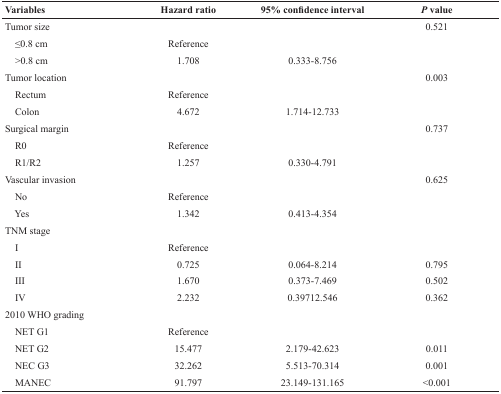
<table><thead><tr><td><b>Variables</b></td><td><b>Hazard ratio</b></td><td><b>95% confidence interval</b></td><td><b><i>P</i> value</b></td></tr></thead><tbody><tr><td>Tumor size</td><td></td><td></td><td>0.521</td></tr><tr><td> ≤0.8 cm</td><td>Reference</td><td></td><td></td></tr><tr><td> &gt;0.8 cm</td><td>1.708</td><td>0.333-8.756</td><td></td></tr><tr><td>Tumor location</td><td></td><td></td><td>0.003</td></tr><tr><td> Rectum</td><td>Reference</td><td></td><td></td></tr><tr><td> Colon</td><td>4.672</td><td>1.714-12.733</td><td></td></tr><tr><td>Surgical margin</td><td></td><td></td><td>0.737</td></tr><tr><td> R0</td><td>Reference</td><td></td><td></td></tr><tr><td> R1/R2</td><td>1.257</td><td>0.330-4.791</td><td></td></tr><tr><td>Vascular invasion</td><td></td><td></td><td>0.625</td></tr><tr><td> No</td><td>Reference</td><td></td><td></td></tr><tr><td> Yes</td><td>1.342</td><td>0.413-4.354</td><td></td></tr><tr><td>TNM stage</td><td></td><td></td><td></td></tr><tr><td> I</td><td>Reference</td><td></td><td></td></tr><tr><td> II</td><td>0.725</td><td>0.064-8.214</td><td>0.795</td></tr><tr><td> III</td><td>1.670</td><td>0.373-7.469</td><td>0.502</td></tr><tr><td> IV</td><td>2.232</td><td>0.39712.546</td><td>0.362</td></tr><tr><td>2010 WHO grading</td><td></td><td></td><td></td></tr><tr><td> NET G1</td><td>Reference</td><td></td><td></td></tr><tr><td> NET G2</td><td>15.477</td><td>2.179-42.623</td><td>0.011</td></tr><tr><td> NEC G3</td><td>32.262</td><td>5.513-70.314</td><td>0.001</td></tr><tr><td> MANEC</td><td>91.797</td><td>23.149-131.165</td><td>&lt;0.001</td></tr></tbody></table>